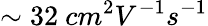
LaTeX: \sim 32\ cm^{2}V^{-1}s^{-1}